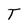
Character: T